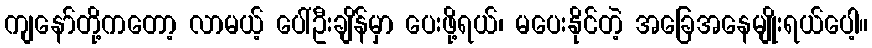
ကျနော်တို့ကတော့ လာမယ့် ပေါ်ဦးချိန်မှာ ပေးဖို့ရယ်၊ မပေးနိုင်တဲ့ အခြေအနေမျိုးရယ်ပေါ့။